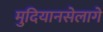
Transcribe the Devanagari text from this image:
मुदियानसेलागे